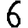
Digit: 6